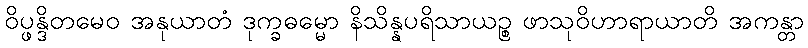
ဝိပ္ဖန္ဒိတမေဝ အနုယာတံ ဒုက္ခဓမ္မော နိသိန္နပရိသာယဉ္စ ဖာသုဝိဟာရာယာတိ အကန္တာ